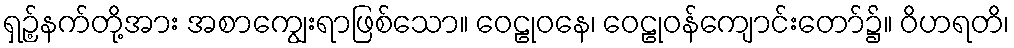
ရှဉ့်နက်တို့အား အစာကျွေးရာဖြစ်သော။ ဝေဠုဝနေ၊ ဝေဠုဝန်ကျောင်းတော်၌။ ဝိဟရတိ၊